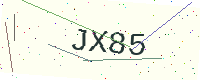
Text: JX85